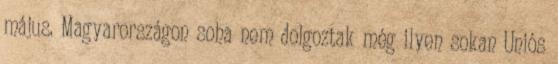
május. Magyarországon soha nem dolgoztak még ilyen sokan Uniós